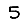
Digit: 5